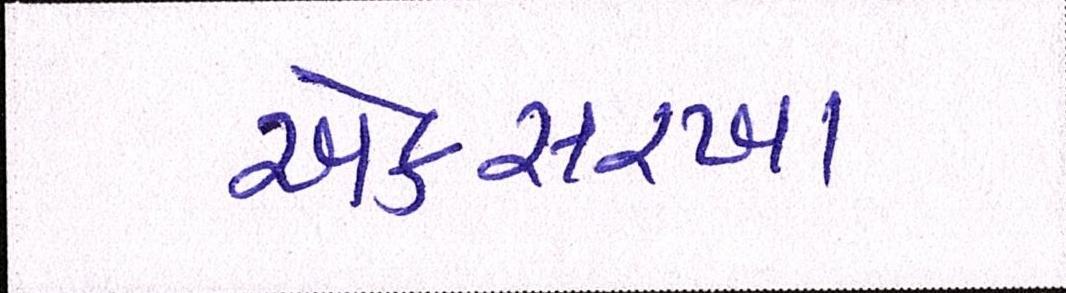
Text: એકસરખા